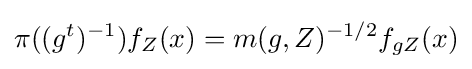
{\pi ((g^{t})^{-1})f_{Z}(x)=m(g,Z)^{-1/2}f_{gZ}(x)}